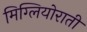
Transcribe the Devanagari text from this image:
मिग्लियोराती